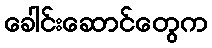
ခေါင်းဆောင်တွေက